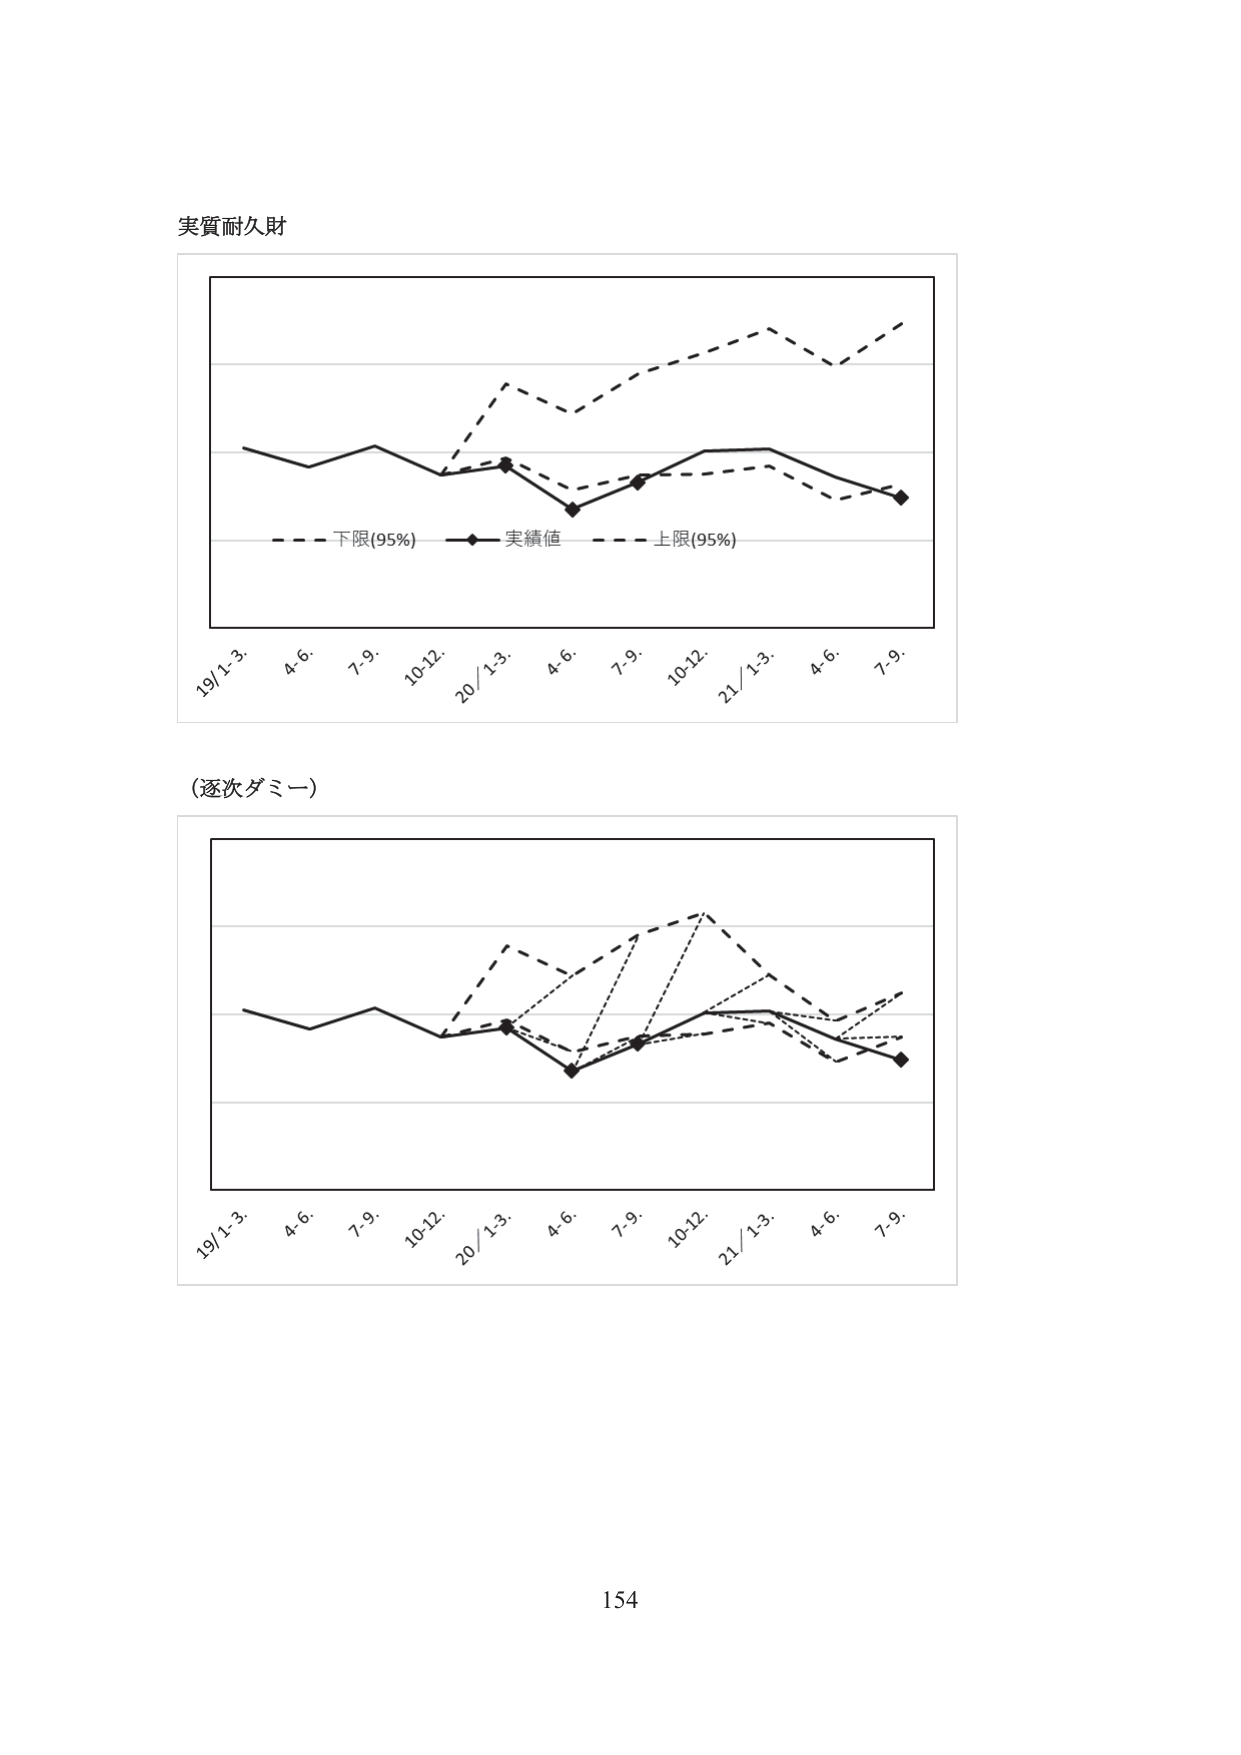
実質耐久財

19/1-3. 4.6. 7.9. 10-12. 20/1-3. 4.6. 7.9. 10-12. 21/1-3. 4.6. 7.9.
- - - 下限(95%) -◆- 実績値 - - - 上限(95%)

(逐次ダミー)

19/1-3. 4.6. 7.9. 10-12. 20/1-3. 4.6. 7.9. 10-12. 21/1-3. 4.6. 7.9.

154